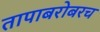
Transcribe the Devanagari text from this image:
तापाबरोबरच